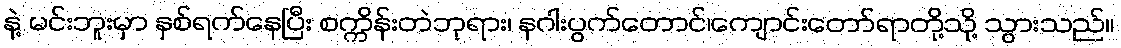
နဲ့ မင်းဘူးမှာ နှစ်ရက်နေပြီး စက္ကိန်းတဲဘုရား၊ နဂါးပွက်တောင်၊ကျောင်းတော်ရာတို့သို့ သွားသည်။